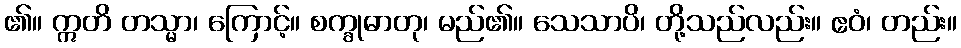
၏။ ဣတိ တသ္မာ၊ ကြောင့်။ စက္ခုဓာတု၊ မည်၏။ သေသာပိ၊ တို့သည်လည်း။ ဧဝံ၊ တည်း။